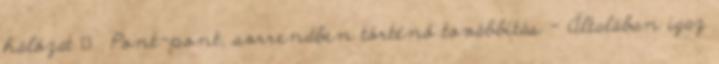
hálózat ● Pont-pont, sorrendben történő továbbítás – Általában igaz